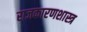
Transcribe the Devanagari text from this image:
राजकारणशास्त्र